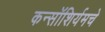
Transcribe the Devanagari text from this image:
कन्सॉशिर्यमचे